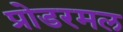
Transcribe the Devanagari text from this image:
प्रोडरमल